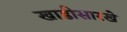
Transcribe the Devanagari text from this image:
खाडीसारखे